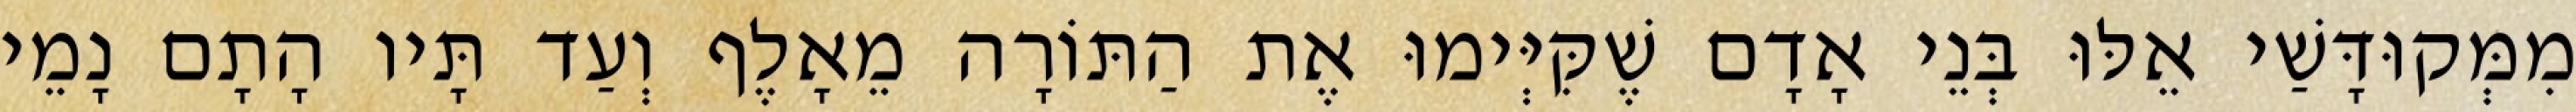
מִמְּקוּדָּשַׁי אֵלּוּ בְּנֵי אָדָם שֶׁקִּיְּימוּ אֶת הַתּוֹרָה מֵאָלֶף וְעַד תָּיו הָתָם נָמֵי